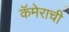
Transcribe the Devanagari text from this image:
कॅमेराची